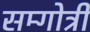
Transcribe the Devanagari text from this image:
सम्गोत्री